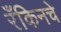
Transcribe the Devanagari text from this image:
रँकिनचे